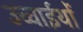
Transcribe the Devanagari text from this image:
उच्चाईयों